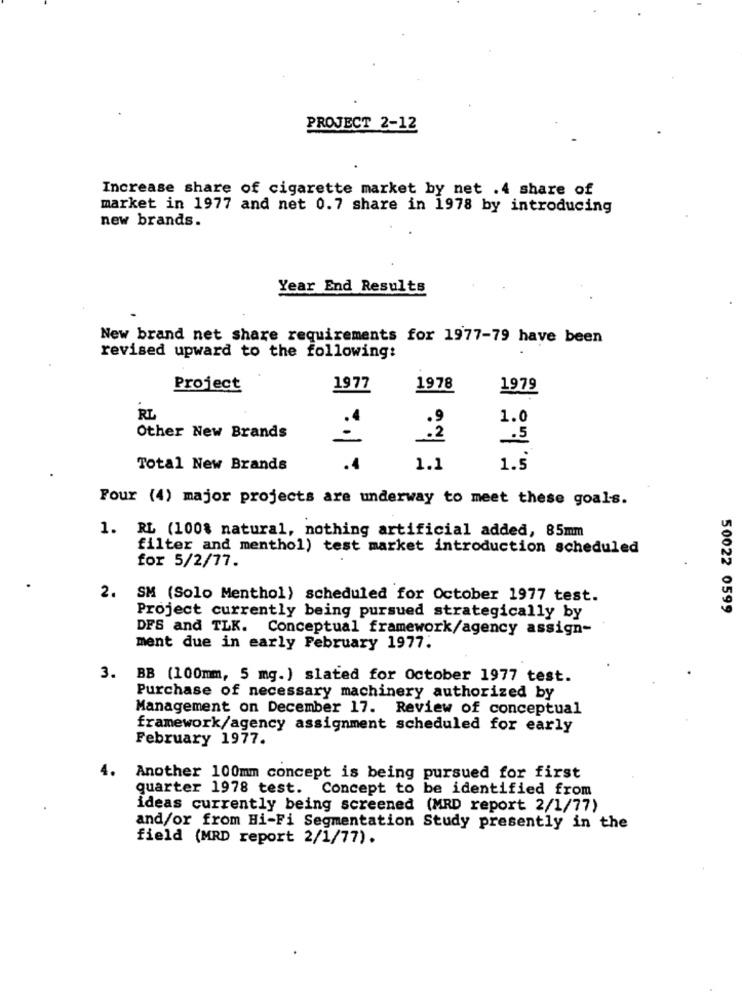
PROJECT 2-12
Increase share of cigarette market by net .4 share of
market in 1977 and net 0.7 share in 1978 by introducing
new brands.
Year End Results
New brand net share requirements for 1977-79 have been
revised upward to the following:
Project
1977
1978
1979
RL
1.0
Other New Brands
:2
.5
Total New Brands
.4
1.1
1.5
Four (4) major projects are underway to meet these goals.
1. RL (100% natural, nothing artificial added, 85mm
filter and menthol) test market introduction scheduled
for 5/2/77.
2. SM (Solo Menthol) scheduled for October 1977 test.
50022 0599
Project currently being pursued strategically by
DFS and TLK. Conceptual framework/agency assign-
ment due in early February 1977.
3. BB (100mm, 5 mg.) slated for October 1977 test.
Purchase of necessary machinery authorized by
Management on December 17. Review of conceptual
framework/agency assignment scheduled for early
February 1977.
4.
Another 100mm concept is being pursued for first
quarter 1978 test. Concept to be identified from
ideas currently being screened (MRD report 2/1/77)
and/or from Hi-Fi Segmentation Study presently in the
field (MRD report 2/1/77).